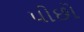
પીછો